Civil Veterinary Department Bihar & Orissa reports 1929-36 - 1929-1936
Year: 1929
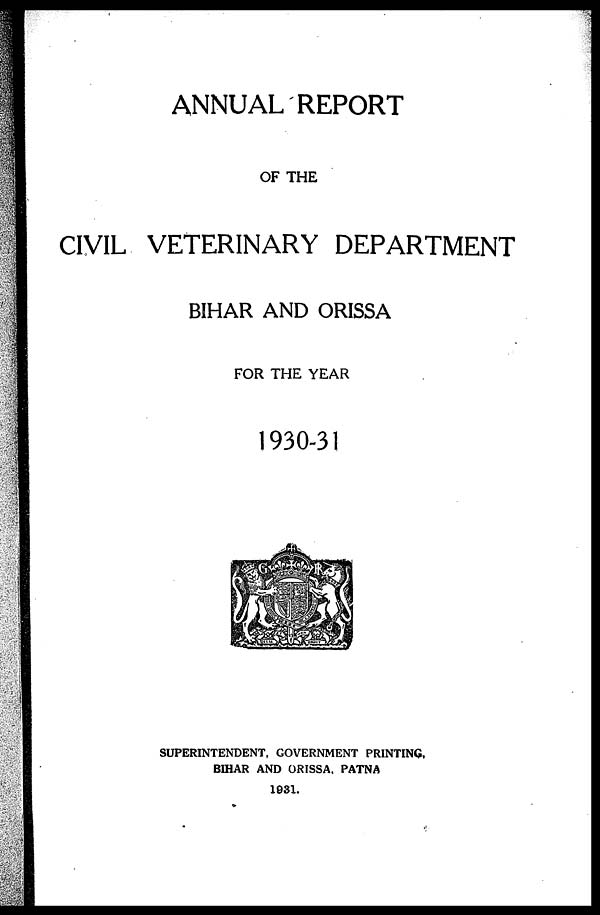
ANNUAL REPORT
OF THE
CIVIL VETERINARY DEPARTMENT
BIHAR AND ORISSA
FOR THE YEAR
1930-31
SUPERINTENDENT, GOVERNMENT PRINTING,
BIHAR AND ORISSA, PATNA
1931.